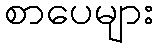
စာပေများ